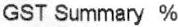
GST SUMMARY %